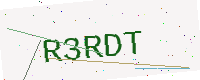
Text: R3RDT